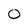
Character: o